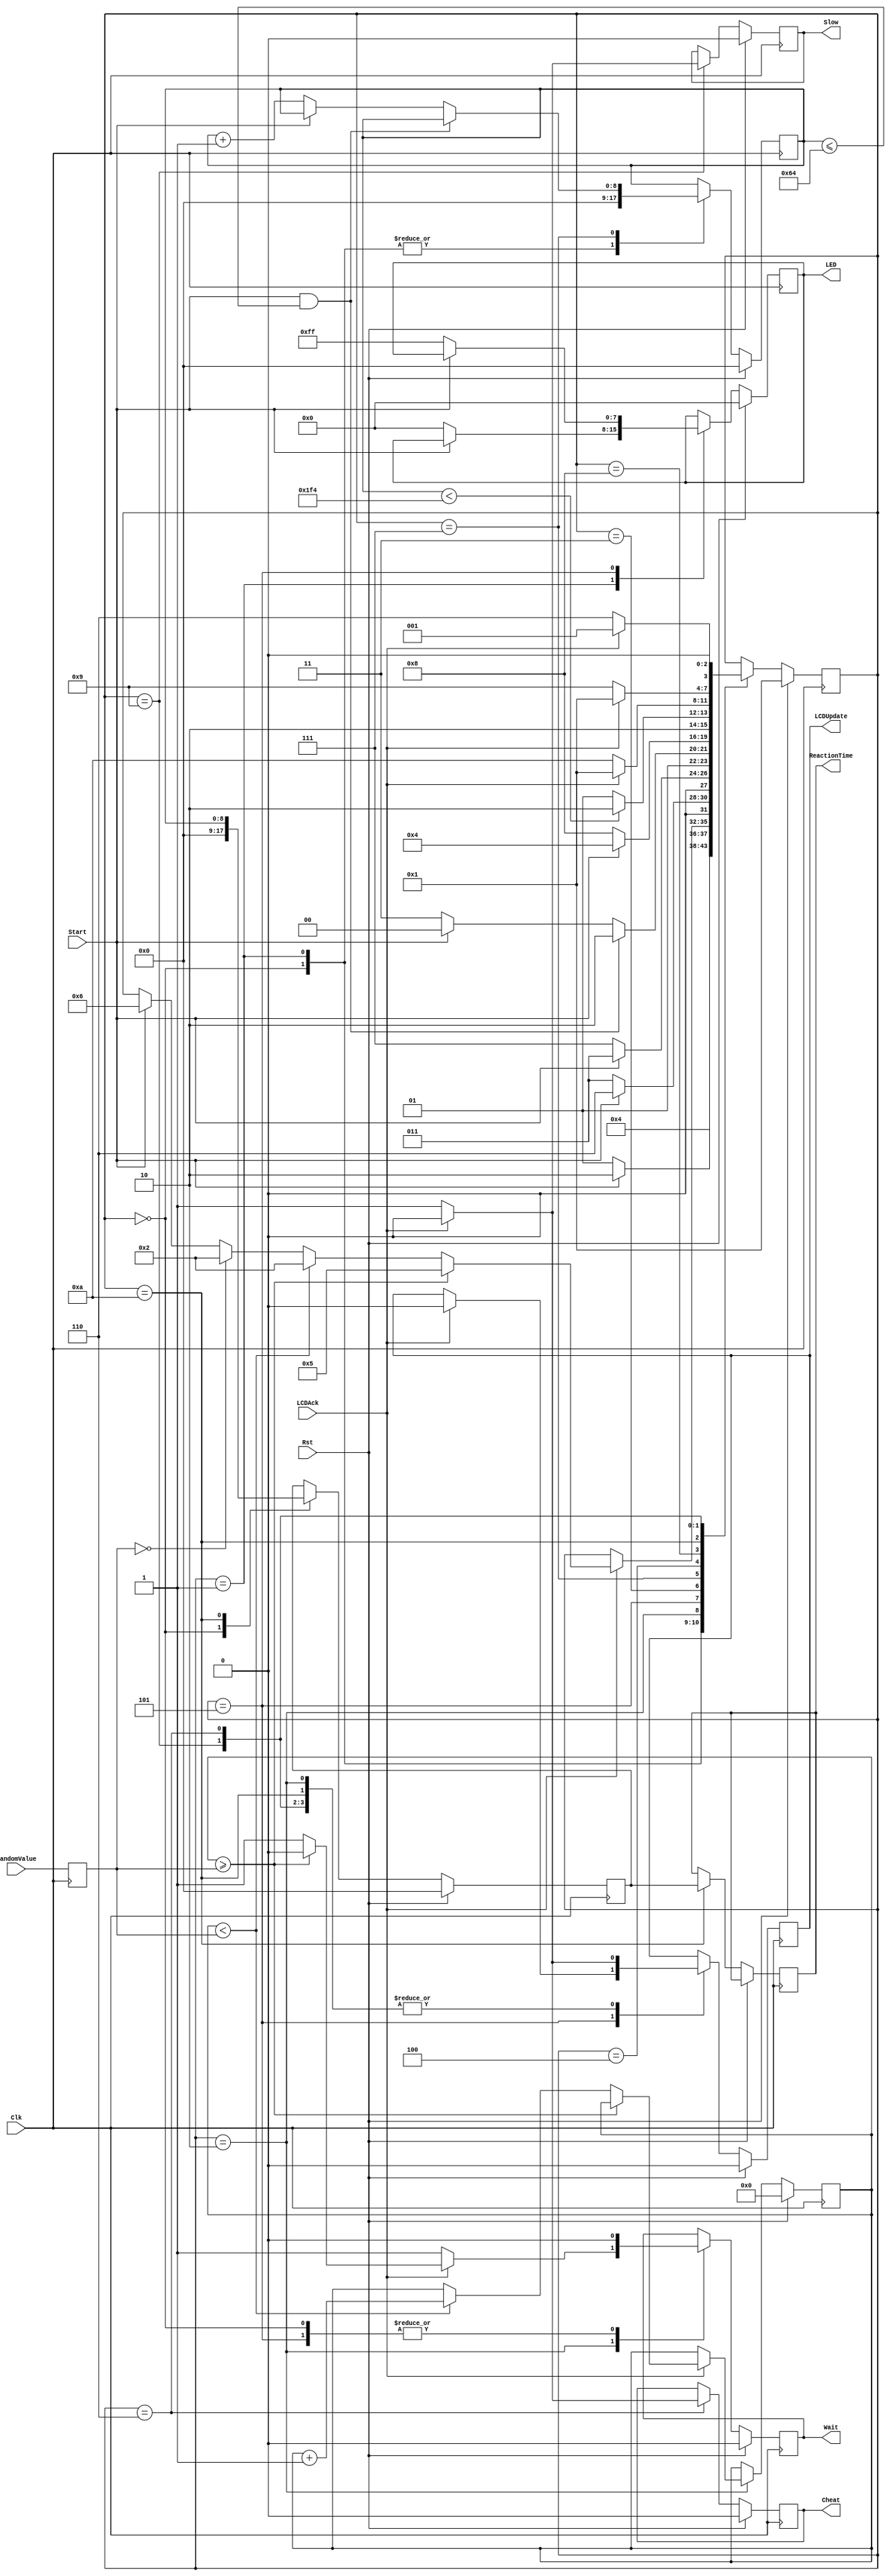
`timescale 1ns / 1ns

module ReactionTimer(Clk, Rst, Start, LED, ReactionTime, Cheat, Slow, Wait, RandomValue, LCDUpdate, LCDAck);

   input Start, LCDAck, Clk, Rst;
	input [13:0] RandomValue; //9 bits
   output reg [8:0] ReactionTime; //9 bits 500 ms cut off zone
	output reg [7:0] LED;
   output reg Cheat, Slow, Wait;
	output reg LCDUpdate;
	
	parameter OFF = 0, ON1 = 1, W = 2, EXTRA = 3, EXTRA1 = 4, Led = 5, CHEAT = 6, W4 = 7, DISPLAY = 8, SLOW = 9, RT = 10;
	
	reg[3:0] State;
	reg[8:0] Count;
	reg[13:0] RValueKeep; //keeps your random value
	reg[13:0] WaitCounter; //see if you wait counter == RValueKeep value
	reg[8:0] ReactionKeep; //holds value to be transferred to reaction time
	
	always @(posedge Clk) begin
		RValueKeep <= RandomValue;
		if(Rst == 1)
		begin
			Cheat <= 0;
			Slow <= 0;
			Wait <= 0;
			LCDUpdate <= 0;
			WaitCounter = 0;
			ReactionKeep <= 0;
			Count = 0;
			LED <= 8'b00000000;
			State <= ON1;
		end
		else begin
			case (State)
			
				OFF: begin
					Count = 0;
					ReactionKeep <= 0;
					Wait <= 0;
					State <= ON1;
				end
				ON1: begin
					Count = 0;
					if (Start == 1)
					begin
						State <= W;
					end
					else
					begin
						State <= ON1;
						LED <= 8'b00000000;
					end
				end
				W: begin
					Wait <= 1;
					LCDUpdate <= 1;
					if (LCDAck == 1)
					begin
						LCDUpdate <= 0;
						if (Rst == 1)
							State <= ON1;
						else
						begin
							if(WaitCounter >= RValueKeep)
							begin
								Wait <= 0;
								LCDUpdate <= 1;
								if(LCDAck == 1)
								begin
									LCDUpdate <= 0;
									State <= Led;
								end	
							end
							else if (WaitCounter < RValueKeep)
							begin
								WaitCounter = WaitCounter + 1;
								State <= W;
							end
							else if (RValueKeep == 0)
							begin
								RValueKeep <= RandomValue;
								State <= W;
							end
							else if (Start == 1)
								State <= CHEAT;
						end
					end
				end

				Led: begin
					Wait <= 0;
					if(LCDAck == 1)
						begin
							LCDUpdate <= 0;
							State <= Led;
						end
					if (Rst == 1)
						State <= ON1;
					else if (Start == 1)
						State <= CHEAT;
					else
					begin
						LED <= 8'b11111111;
						State <= EXTRA;
					end
				end
				EXTRA: begin
					if(Start == 0)
						State <= W4;
					else
						State <= EXTRA;
				end
				
				W4: begin
					if (Start == 1 && Count <= 100)
						State <= CHEAT;
					else
					begin
						if (Start == 0)
						begin
							Count = Count + 1;
							State <= W4;
						end
						else if (Rst == 1)
							State <= ON1;
						else if(Start == 1)
							State <= EXTRA1;
						else
							State <= W4;
					end
				end
				
				EXTRA1: begin
					if(Start == 0)
						State <= DISPLAY;
					else
						State <= EXTRA1;
				end
				
				DISPLAY: begin
					if (Rst == 1)
						State <= ON1;
					else if (Count < 500) 
						State <= RT;
					else 			
						State <= SLOW;

				end
				RT: begin
						ReactionKeep <= Count;
						ReactionTime <= ReactionKeep;
						LCDUpdate <= 1;
						if (LCDAck == 1)
						begin
							State <= ON1;
							LCDUpdate <= 0;
						end
						else 
							State <= RT;
				end
				SLOW: begin
						Slow <= 1;
						LCDUpdate <= 1;
						if (LCDAck == 1)
						begin
							Slow <= 0;
							LCDUpdate <= 0;
							State <= ON1;
						end
						else 
							State <= SLOW;
				end
				CHEAT: begin
						Cheat <= 1;
						LCDUpdate <= 1;
						if (LCDAck == 1)
						begin
							Cheat <= 0;
							LCDUpdate <= 0;
							State <= ON1;
						end
						else 
							State <= CHEAT;
				end
			
			endcase
			
		end
		
	end
 
  endmodule